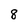
Character: 8